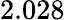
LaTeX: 2.028